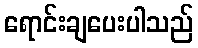
ရောင်းချပေးပါသည်